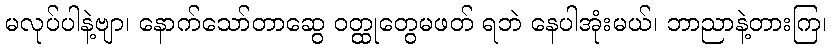
မလုပ်ပါနဲ့ဗျာ၊ နောက်သော်တာဆွေ ဝတ္ထုတွေမဖတ် ရဘဲ နေပါအုံးမယ်၊ ဘာညာနဲ့တားကြ၊